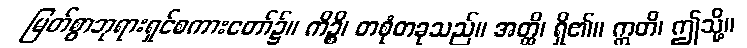
မြတ်စွာဘုရားရှင်စကားတော်၌။ ကိဉ္စိ၊ တစုံတခုသည်။ အတ္ထိ၊ ရှိ၏။ ဣတိ၊ ဤသို့။